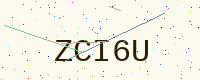
Text: ZCI6U